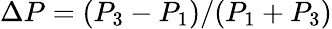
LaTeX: \Delta P=(P_{3}-P_{1})/(P_{1}+P_{3})